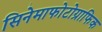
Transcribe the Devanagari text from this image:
सिनेमाफोटोग्राफिक